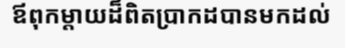
ឪពុកម្តាយដ៏ពិតប្រាកដបានមកដល់